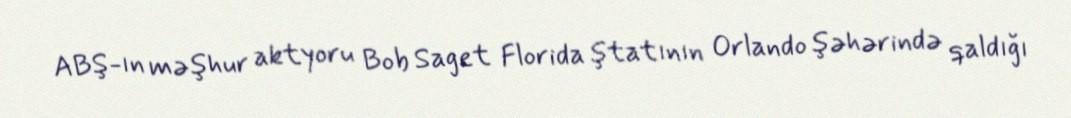
ABŞ-ın məşhur aktyoru Bob Saget Florida ştatının Orlando şəhərində qaldığı